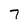
Character: 7